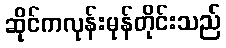
ဆိုင်ကလုန်းမုန်တိုင်းသည်